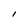
Character: l